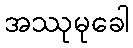
အဿုမုခေါ